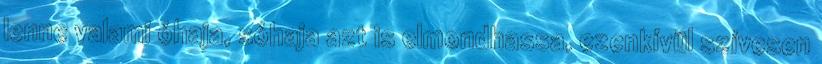
lenne valami óhaja, sóhaja azt is elmondhassa, ezenkívül szívesen